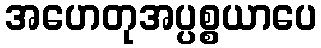
အဟေတုအပ္ပစ္စယာပေ